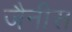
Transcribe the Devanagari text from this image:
जैनीस